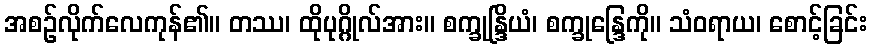
အစဉ်လိုက်လေကုန်၏။ တဿ၊ ထိုပုဂ္ဂိုလ်အား။ စက္ခုန္ဒြိယံ၊ စက္ခုန္ဒြေကို။ သံဝရာယ၊ စောင့်ခြင်း